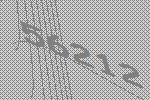
56212